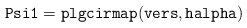
\begin{align*}{\tt Psi1 = plgcirmap(vers,halpha)}\end{align*}